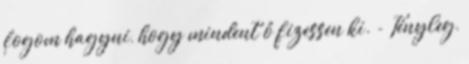
fogom hagyni, hogy mindent ő fizessen ki. - Tényleg,